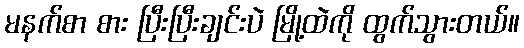
မနက်စာ စား ပြီးပြီးချင်းပဲ မြို့ထဲကို ထွက်သွားတယ်။